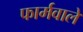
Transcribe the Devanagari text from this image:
फार्मवाले